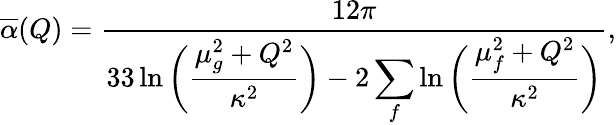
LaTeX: \overline{{\alpha}}(Q)={\frac{12\pi}{\displaystyle 33\ln{\bigg({\frac{\mu_{g}^{2}+Q^{2}}{\kappa^{2}}}\bigg)}-2\sum_{f}\ln{\bigg({\frac{\mu_{f}^{2}+Q^{2}}{\kappa^{2}}}\bigg)}}},